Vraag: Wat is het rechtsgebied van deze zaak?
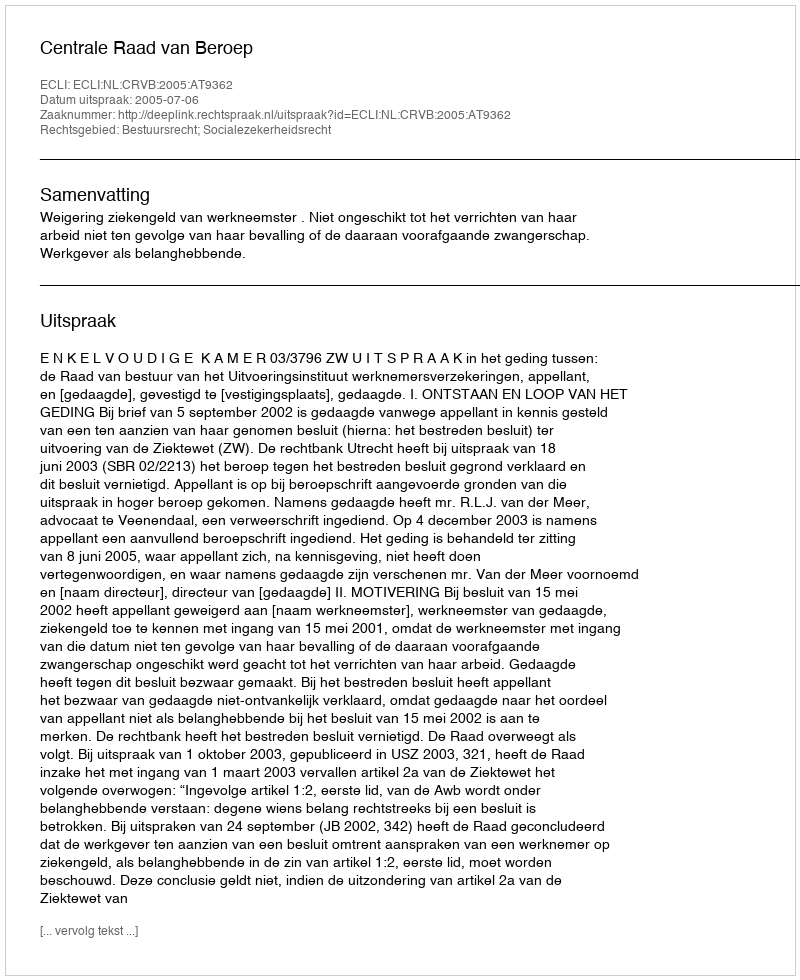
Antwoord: Bestuursrecht; Socialezekerheidsrecht